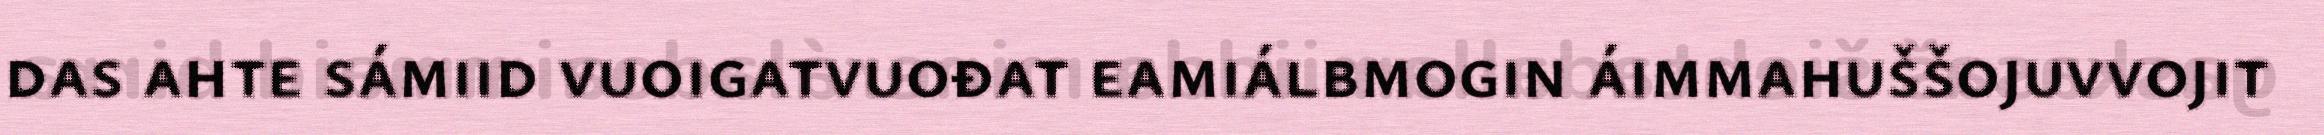
das ahte sámiid vuoigatvuođat eamiálbmogin áimmahuššojuvvojit